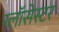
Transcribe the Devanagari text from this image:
ग्लॉसेस्टर